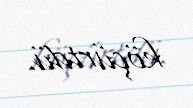
köçürtdü.